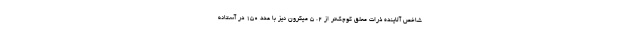
شاخص آلاینده ذرات معلق کوچک‌تر از ۲. ۵ میکرون نیز با عدد ۱۵۰ در آستانه